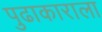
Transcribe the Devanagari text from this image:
पुढाकाराला